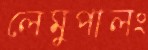
লেমুপালং